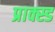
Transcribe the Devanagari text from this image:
प्राक्स्ड